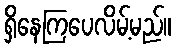
ရှိနေကြပေလိမ့်မည်။